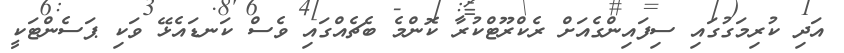
އަދި ކުރިމަގުގައި ސިފައިންގެއަށް ރެކްރޫޓްކުރާ ކޮންމެ ބެޗެއްގައި ވެސް ކަނޑައެޅޭ ވަކި ޕަސެންޓަކީ